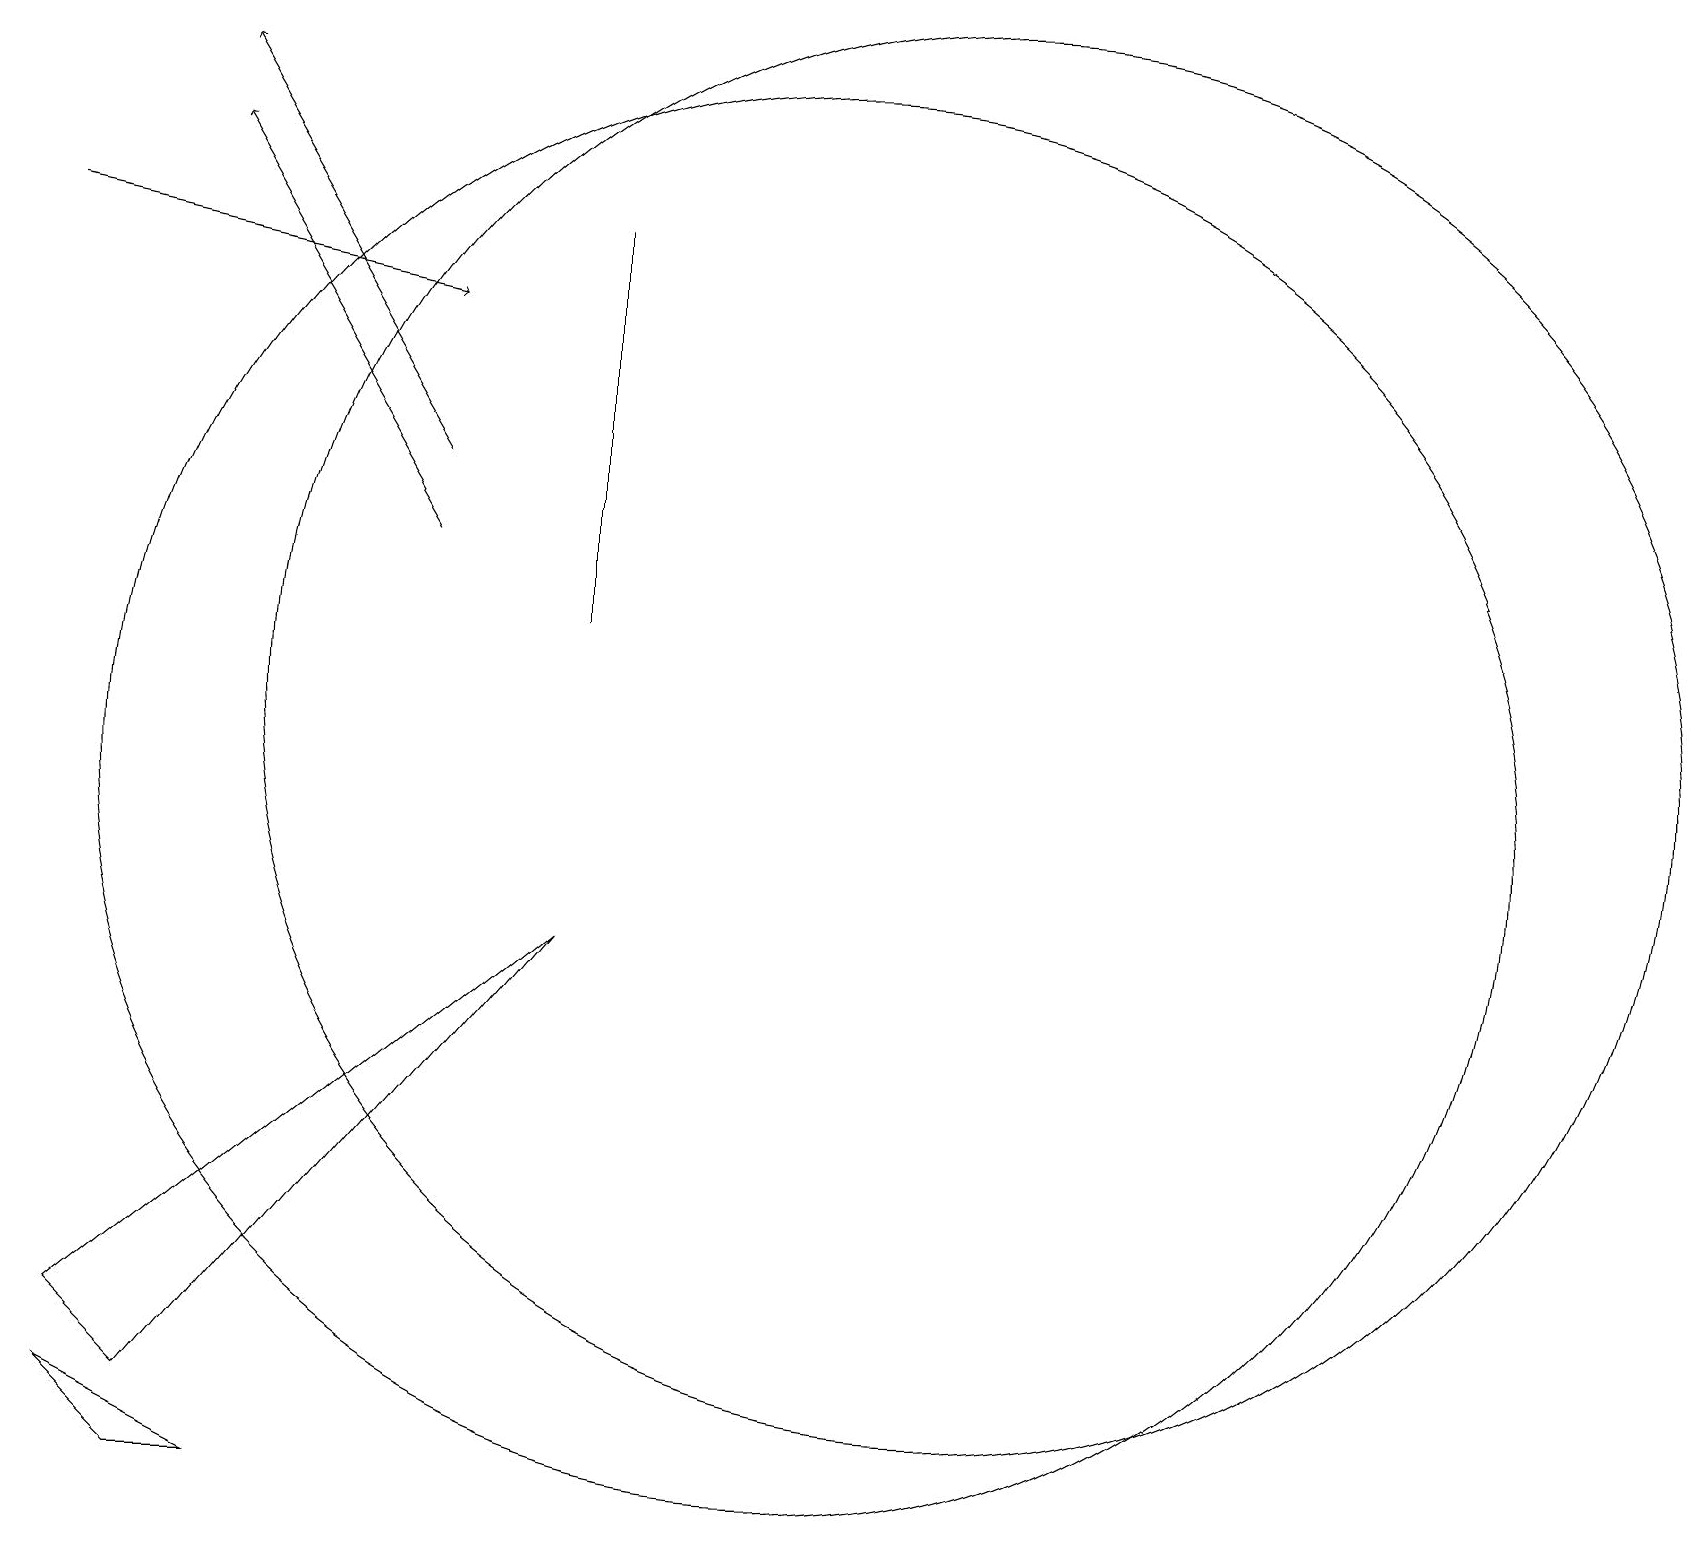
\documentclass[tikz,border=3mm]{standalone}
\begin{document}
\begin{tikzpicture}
\draw[->] (0,17) -- (5,16);
\draw (10,10) circle (9);
\draw[->] (5,14) -- (2,19);
\draw (7,12) rectangle (7,17);
\draw (2,1) -- (3,1) -- (1,2) -- cycle;
\draw (12,11) circle (9);
\draw (2,2) -- (1,3) -- (7,8) -- cycle;
\draw[->] (5,13) -- (2,18);
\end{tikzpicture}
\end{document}